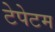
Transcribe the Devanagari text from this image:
टेपेटम